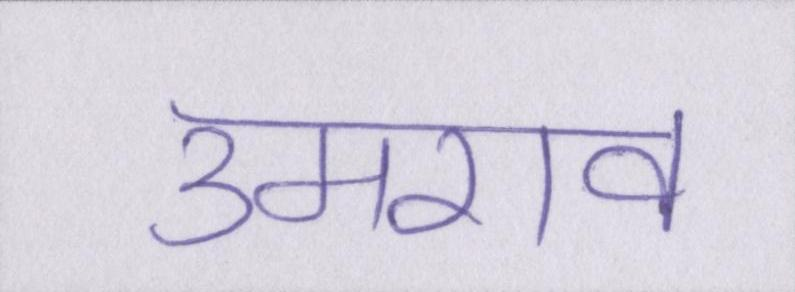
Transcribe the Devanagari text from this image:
उमराव